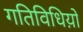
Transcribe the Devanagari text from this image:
गतिविधिय़ो